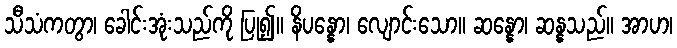
သီသံကတွာ၊ ခေါင်းအုံးသည်ကို ပြု၍။ နိပန္နော၊ လျောင်းသော။ ဆန္နော၊ ဆန္နသည်။ အာဟ၊